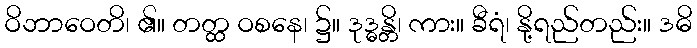
ဝိဘာဝေတိ၊ ၏။ တတ္ထ ဝစနေ၊ ၌။ ဒုဒ္ဓန္တိ၊ ကား။ ခီရံ၊ နို့ရည်တည်း။ ဒဓိ